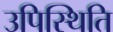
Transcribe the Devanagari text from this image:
उपिस्थिति